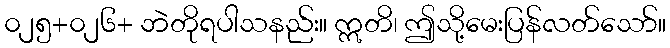
၀၂၅+၀၂၆+ ဘဲတိုရပါသနည်း။ ဣတိ၊ ဤသို့မေးပြန်လတ်သော်။